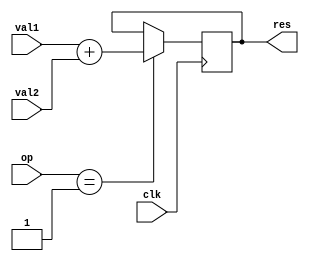
module alu (
        input wire clk,
        input wire [1:0] op,
        input wire [3:0] val1,
        input wire [3:0] val2,
        output reg [4:0] res
        );
    
    //typedef enum reg { ADD, SUB } operation;
    always @(posedge clk) begin
        case(op)
            //ADD: res <= val1 + val2;
            //SUB: res <= val1 - val2;
            01: res <= val1 + val2;
            10: res <= val1 - val2;
        endcase
    end
endmodule